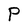
Character: P